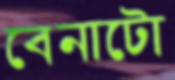
বেনাটো